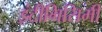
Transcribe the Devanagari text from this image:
इंटीमिसिमी